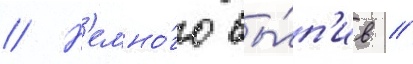
// Н'емно́го вы́п'ив /